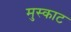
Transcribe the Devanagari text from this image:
मुस्काट